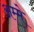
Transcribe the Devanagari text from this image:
अम्मे